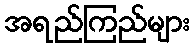
အရည်ကြည်များ